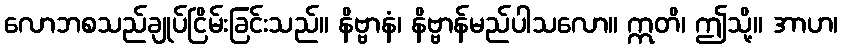
လောဘစသည်ချုပ်ငြိမ်းခြင်းသည်။ နိဗ္ဗာနံ၊ နိဗ္ဗာန်မည်ပါသလော။ ဣတိ၊ ဤသို့။ အာဟ၊